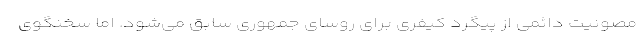
مصونیت دائمی از پیگرد کیفری برای روسای جمهوری سابق می‌شود. اما سخنگوی